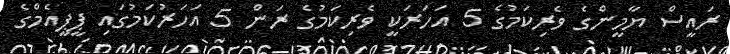
ރައީސް ޔާމީންގެ ވެރިކަމުގެ 5 އަހަރަކީ ވެރިކަމުގެ ރަން 5 އަހަރުކަމުގައި ޕީޕީއެމްގެ